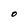
Character: O